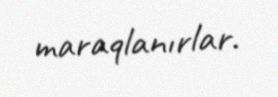
maraqlanırlar.